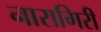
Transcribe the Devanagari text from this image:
नारागिरी